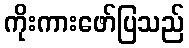
ကိုးကားဖော်ပြသည်